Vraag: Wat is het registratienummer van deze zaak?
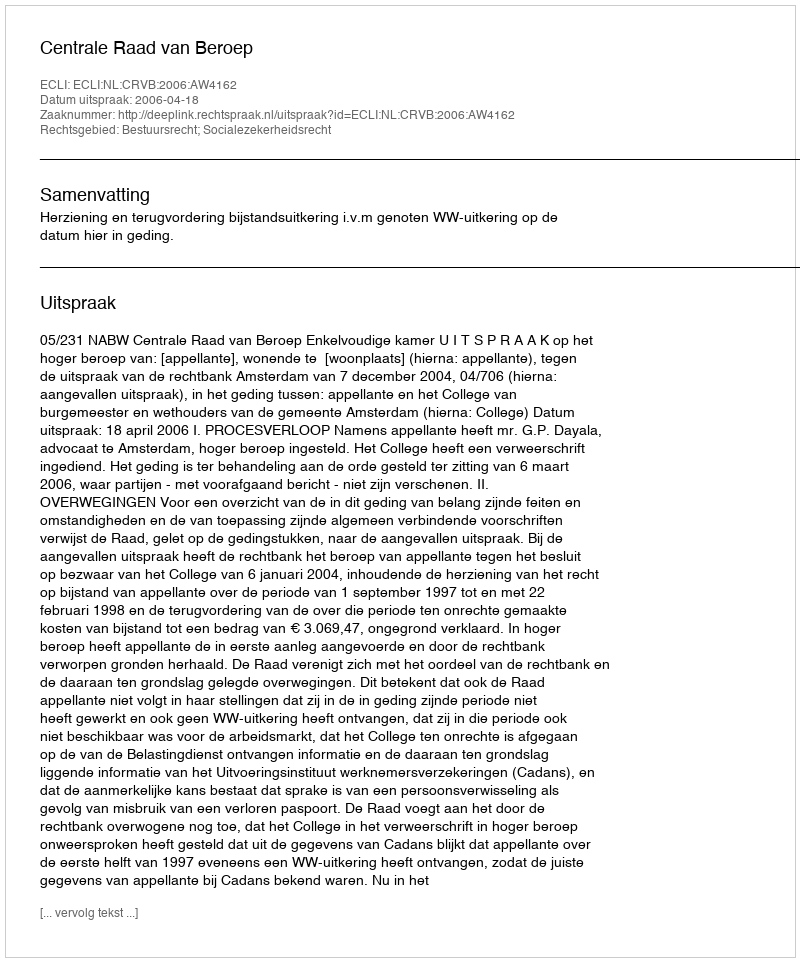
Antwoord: http://deeplink.rechtspraak.nl/uitspraak?id=ECLI:NL:CRVB:2006:AW4162